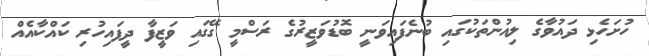
ހުށަހެޅި ދައުވާގެ ލިއުންތަކުގައި ބުނެފައިވަނީ ބޮޑުވަޒީރުގެ ރަސްމީ ގޭގައި ވަޒީފާ ދީފައިހުރި ކައްކާއެއް